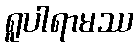
ရူပါရာမဿ